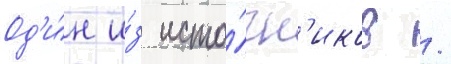
Од'и́н и́з исто́чн'иков /